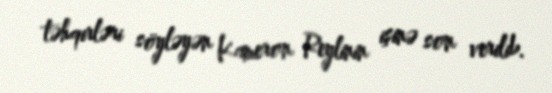
təhqirləri söyləyən Kameron Reylinin işinə son verilib.